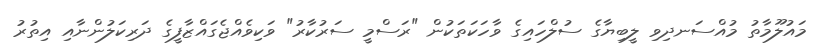
މައުލޫމާތު މުއްސަނދިވި ލީބިޔާގެ ސުލްހައިގެ ވާހަކަތަކުން "ރަސްމީ ސަރުކާރު" ވަކިވެއްޖެގައްޒާފީގެ ދަރިކަލުންނާއި އިތުރު